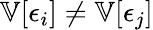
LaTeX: \mathbb{V}[\epsilon_{i}]\neq\mathbb{V}[\epsilon_{j}]